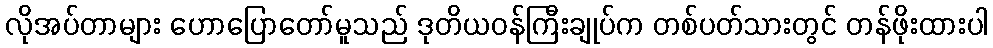
လိုအပ်တာများ ဟောပြောတော်မူသည် ဒုတိယဝန်ကြီးချုပ်က တစ်ပတ်သားတွင် တန်ဖိုးထားပါ